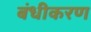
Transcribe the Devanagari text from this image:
बंधीकरण